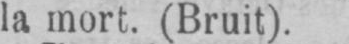
la mort. (Bruit).